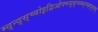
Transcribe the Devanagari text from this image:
म्द्न्द्स्च्वोइद्विओफ्च्न्द्ब्न्च्म्ब्न्व्म्ह्द्स्फ्य्